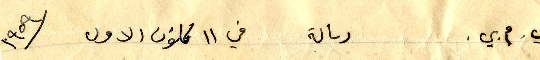
ي. م. ي. رسالة في ١١ كانون الاول ١٩٥٩